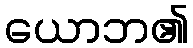
ယောဘ၏